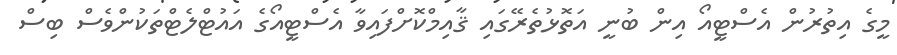
މީގެ އިތުރުން އެސްޓީއޯ އިން ބުނީ އަތޮޅުތެރޭގައި ޤާއިމްކޮށްފައިވާ އެސްޓީއޯގެ އައުޓްލެޓްތަކުންވެސް ބިސް